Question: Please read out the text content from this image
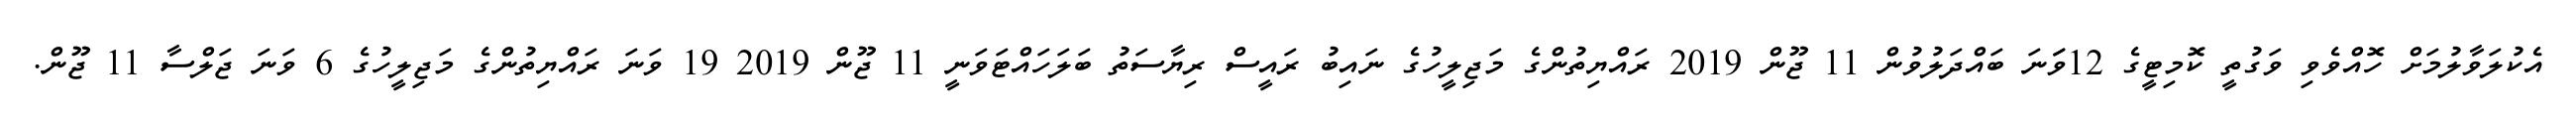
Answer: އެކުލަވާލުމަށް ހޮއްވެވި ވަގުތީ ކޮމިޓީގެ 12ވަަނަ ބައްދަލުވުން 11 ޖޫން 2019 ރައްޔިތުންގެ މަޖިލީހުގެ ނައިބު ރައީސް ރިޔާސަތު ބަލަހައްޓަވަނީ 11 ޖޫން 2019 19 ވަނަ ރައްޔިތުންގެ މަޖިލީހުގެ 6 ވަނަ ޖަލްސާ 11 ޖޫން.